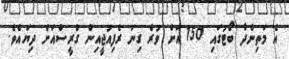
އެ މަތިންދާ ބޯޓުގައި 150 އަށް ވުރެ ގިނަ ރެފިއުޖީއިން ގްރީސްއަށް ދިޔައެވެ.